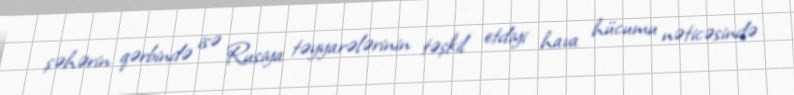
şəhərin qərbində isə Rusiya təyyarələrinin təşkil etdiyi hava hücumu nəticəsində